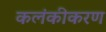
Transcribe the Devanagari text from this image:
कलंकीकरण